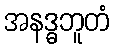
အနဒ္ဓဘူတံ